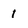
Character: 1